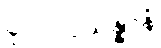
ပုဂ္ဂလပ္ပသန္နာနံ